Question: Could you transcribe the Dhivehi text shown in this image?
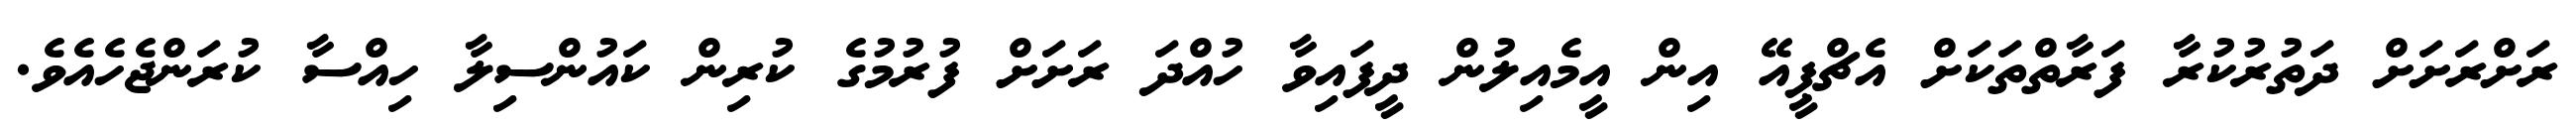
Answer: ރަށްރަށަށް ދަތުރުކުރާ ފަރާތްތަކަށް އެޗްޕީއޭ އިން އީމެއިލުން ދީފައިވާ ހުއްދަ ރަށަށް ފުރުމުގެ ކުރިން ކައުންސިލާ ހިއްސާ ކުރަންޖެހެއެވެ.